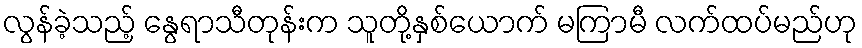
လွန်ခဲ့သည့် နွေရာသီတုန်းက သူတို့နှစ်ယောက် မကြာမီ လက်ထပ်မည်ဟု